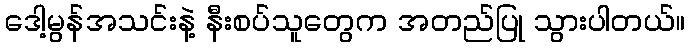
ဒေါ့မွန်အသင်းနဲ့ နီးစပ်သူတွေက အတည်ပြု သွားပါတယ်။